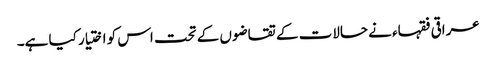
عراقی فقہاء نے حالات کے تقاضوں کے تحت اس کو اختیار کیا ہے۔